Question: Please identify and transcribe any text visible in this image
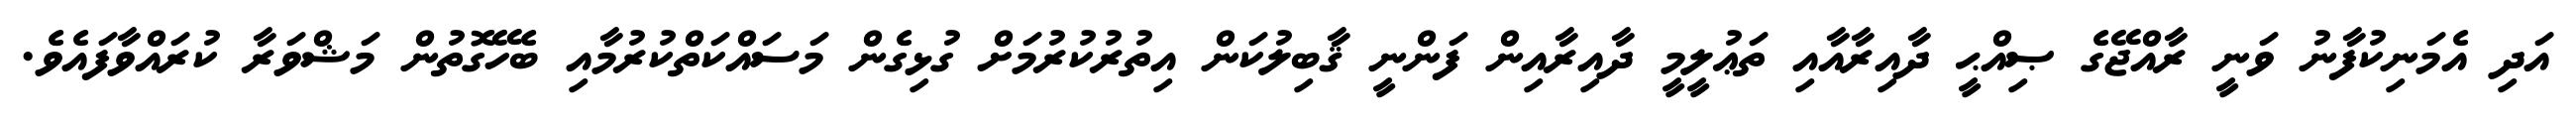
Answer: އަދި އެމަނިކުފާނު ވަނީ ރާއްޖޭގެ ޞިއްޙީ ދާއިރާއާއި ތަޢުލީމީ ދާއިރާއިން ފަންނީ ޤާބިލުކަން އިތުރުކުރުމަށް ގުޅިގެން މަސައްކަތްކުރުމާއި ބެހޭގޮތުން މަޝްވަރާ ކުރައްވާފައެވެ.